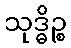
သုဒ္ဓိဉ္စ